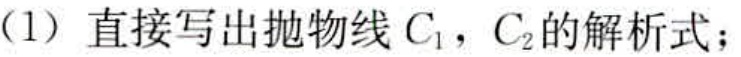
（1）直接写出抛物线\(C_{1}\)，\(C_{2}\)的解析式；